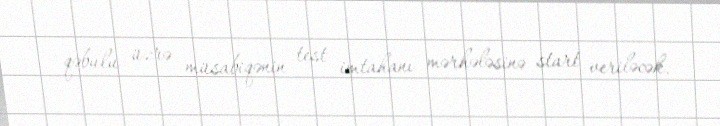
qəbulu üzrə müsabiqənin test imtahanı mərhələsinə start veriləcək.